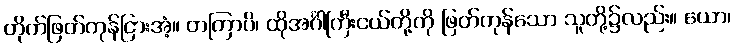
တိုက်ဖြတ်ကုန်ငြားအံ့။ တတြာပိ၊ ထိုအင်္ဂါကြီးငယ်တို့ကို ဖြတ်ကုန်သော သူတို့၌လည်း။ ယော၊